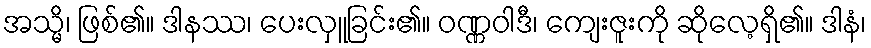
အသ္မိ၊ ဖြစ်၏။ ဒါနဿ၊ ပေးလှူခြင်း၏။ ဝဏ္ဏဝါဒီ၊ ကျေးဇူးကို ဆိုလေ့ရှိ၏။ ဒါနံ၊